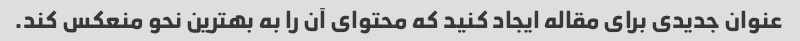
عنوان جدیدی برای مقاله ایجاد کنید که محتوای آن را به بهترین نحو منعکس کند.